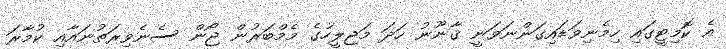
އެ ކޮމިޓީގައި ހިމެނިވަޑައިގަންނަވަނީ ޤާނޫނު ހަދަ މަޖިލީހުގެ މެމްބަރުން ޖޯން ސެނެވިރަތުނައާއި ކުމާރަ